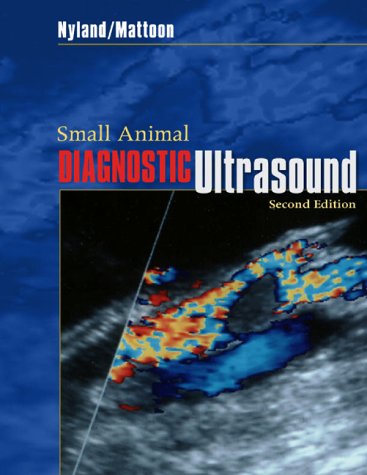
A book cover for Small Animal Diagnostic Ultrasound; Thomas G. Nyland DVM  MS; Medical Books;